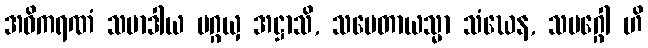
အဓိကရဏံ သမာဒါယ ပဂ္ဂယှ အဋ္ဌာသိ, သမေတာယသ္မာ သံဃေန, သမဂ္ဂေါ ဟိ